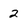
Character: 2